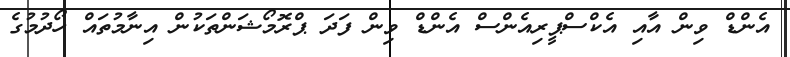
އެންޑް ވިން އާއި އެކްސްޕީރިއެންސް އެންޑް ވިން ފަދަ ޕްރޮމޯޝަންތަކުން އިނާމުތައް ހޯދުމުގެ